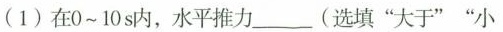
(1)在0~10s内，水平推力____(选填”大于””小